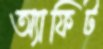
অ্যাফিট